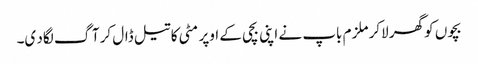
بچوں کو گھر لاکر ملزم باپ نے اپنی بچی کے اوپر مٹی کا تیل ڈال کر آگ لگاد ی۔